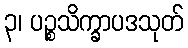
၃၊ ပဉ္စသိက္ခာပဒသုတ်